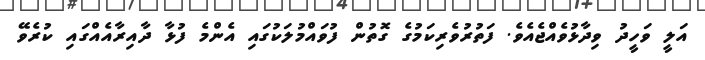
އަލީ ވަހީދު ވިދާޅުވެއްޖެއެވެ. ފަތުރުވެރިކަމުގެ ގޮތުން ފުވައްމުލަކުގައި އެންމެ ފުޅާ ދާއިރާއެއްގައި ކުރެވޭ